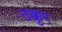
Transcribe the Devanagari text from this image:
ठक्कुर